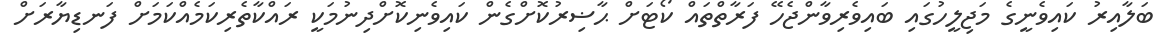
ބަލާއިރު ކައިވެނީގެ މަޖިލީހުގައި ބައިވެރިވާންޖެހޭ ފަރާތްތައް ކޯޓަށް ޙާޟިރުކޮށްގެން ކައިވެނިކޮށްދިނުމަކީ ރައްކާތެރިކަމެއްކަމަށް ފަނޑިޔާރަށް